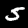
Digit: 5